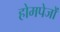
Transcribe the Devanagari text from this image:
होमपेजों